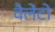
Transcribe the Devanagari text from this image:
वैलेंटो